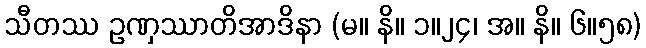
သီတဿ ဥဏှဿာတိအာဒိနာ (မ။ နိ။ ၁။၂၄၊ အ။ နိ။ ၆။၅၈)